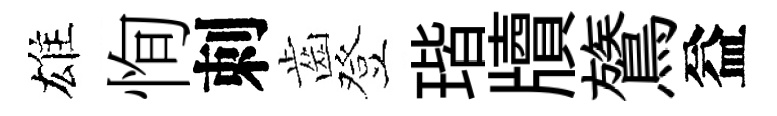
雄恂刺齒登瑎牘鷟益